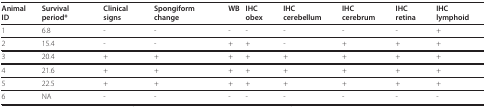
<table><thead><tr><td><b>Animal ID</b></td><td><b>Survival period*</b></td><td><b>Clinical signs</b></td><td><b>Spongiform change</b></td><td><b>WB</b></td><td><b>IHC obex</b></td><td><b>IHC cerebellum</b></td><td><b>IHC cerebrum</b></td><td><b>IHC retina</b></td><td><b>IHC lymphoid</b></td></tr></thead><tbody><tr><td>1</td><td>6.8</td><td>-</td><td>-</td><td>-</td><td>-</td><td>-</td><td>-</td><td>-</td><td>+</td></tr><tr><td>2</td><td>15.4</td><td>-</td><td>-</td><td>+</td><td>+</td><td>-</td><td>+</td><td>+</td><td>+</td></tr><tr><td>3</td><td>20.4</td><td>+</td><td>+</td><td>+</td><td>+</td><td>+</td><td>+</td><td>+</td><td>+</td></tr><tr><td>4</td><td>21.6</td><td>+</td><td>+</td><td>+</td><td>+</td><td>+</td><td>+</td><td>+</td><td>+</td></tr><tr><td>5</td><td>22.5</td><td>+</td><td>+</td><td>+</td><td>+</td><td>+</td><td>+</td><td>+</td><td>+</td></tr><tr><td>6</td><td>NA</td><td>-</td><td>-</td><td>-</td><td>-</td><td>-</td><td>-</td><td>-</td><td>-</td></tr></tbody></table>